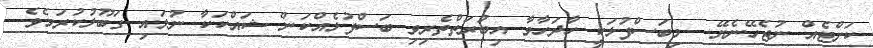
ކަށްޓެއް ނުޖެހޭނެޔޭ  މިބަސްފުޅަކީ ހާދަހާވާ އިބުރަތްތެރިވި ބަސްފުޅެއްކަން ޝައްކަކާ ނުލައި ގަބޫލުކުރަމެވެ.